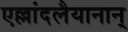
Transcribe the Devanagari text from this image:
एल्लांदलैयानान्